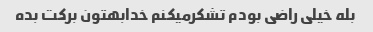
بله خیلی راضی بودم تشکرمیکنم خدابهتون برکت بده